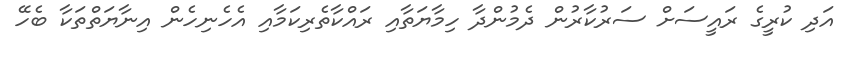
އަދި ކުރީގެ ރައީސަށް ސަރުކާރުން ދެމުންދާ ހިމާޔަތާއި ރައްކާތެރިކަމާއި އެހެނިހެން އިނާޔަތްތަކާ ބެހޭ